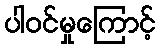
ပါဝင်မှုကြောင့်